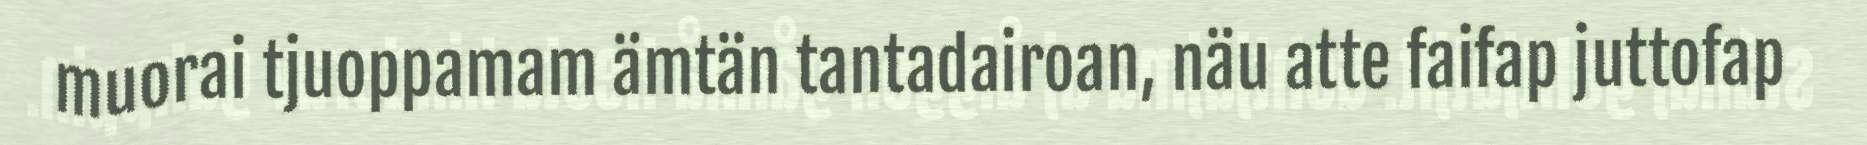
muorai tjuoppamam ämtän tantadairoan, näu atte faifap juttofap